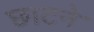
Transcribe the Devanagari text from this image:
छाटने